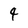
Character: 4